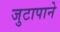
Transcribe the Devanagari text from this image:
जुटापाने